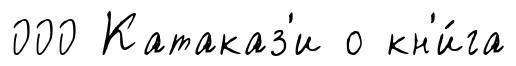
000 Катаказ'и о кн'и́га